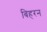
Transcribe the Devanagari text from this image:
बिहरन